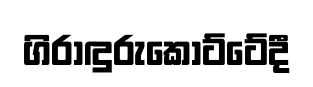
ගිරාඳුරුකෝට්ටේදී